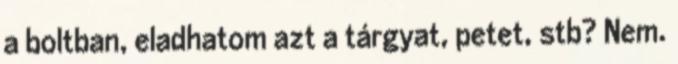
a boltban, eladhatom azt a tárgyat, petet, stb? Nem.